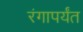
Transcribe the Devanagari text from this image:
रंगापर्यंत